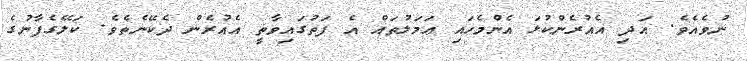
ނުވެއެވެ. އަދި އެއުރެންކުޅަ އެންމެހައި ޢަމަލުތައް އެ ފަތުގައިވާތީ އެއުރެން ދެކޭނެތެވެ. ކަލޭގެފާނުގެ